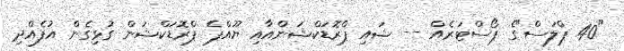
"40 ޕްލަސް"ގެ ޕޯސްޓަރެއް -- ޝައި ޕްރޮޑަކްޝަންއާއި ޔޫއްޕެ ޕްރޮޑަކްޝަން ގުޅިގެން އުފެއްދި